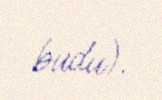
budu).